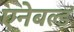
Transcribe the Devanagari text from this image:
एनेबल्‍ड